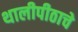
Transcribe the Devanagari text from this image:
थालीपीठाचे